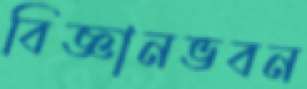
বিজ্ঞানভবন